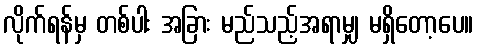
လိုက်ရန်မှ တစ်ပါး အခြား မည်သည့်အရာမျှ မရှိတော့ပေ။